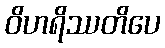
ဝိဟရိဿတိပေ